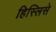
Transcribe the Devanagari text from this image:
हिस्लिसे